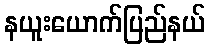
နယူးယောက်ပြည်နယ်